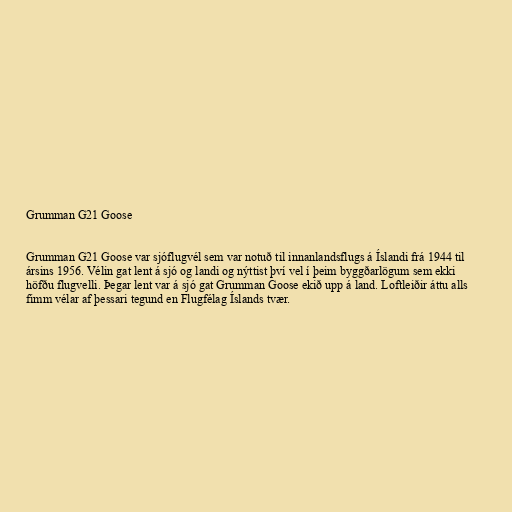
Grumman G21 Goose

Grumman G21 Goose var sjóflugvél sem var notuð til innanlandsflugs á Íslandi frá 1944 til
ársins 1956. Vélin gat lent á sjó og landi og nýttist því vel í þeim byggðarlögum sem ekki
höfðu flugvelli. Þegar lent var á sjó gat Grumman Goose ekið upp á land. Loftleiðir áttu alls
fimm vélar af þessari tegund en Flugfélag Íslands tvær.